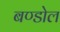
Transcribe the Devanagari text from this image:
बण्डोल